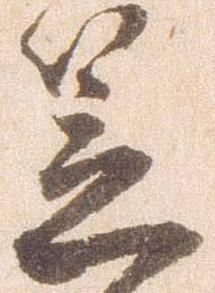
笠